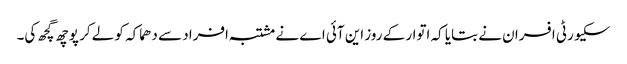
سکیورٹی افسران نے بتایا کہ اتوار کے روز این آئی اے نے مشتبہ افراد سے دھماکہ کو لے کر پوچھ گچھ کی۔